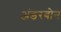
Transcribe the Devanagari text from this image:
अंडरबोन